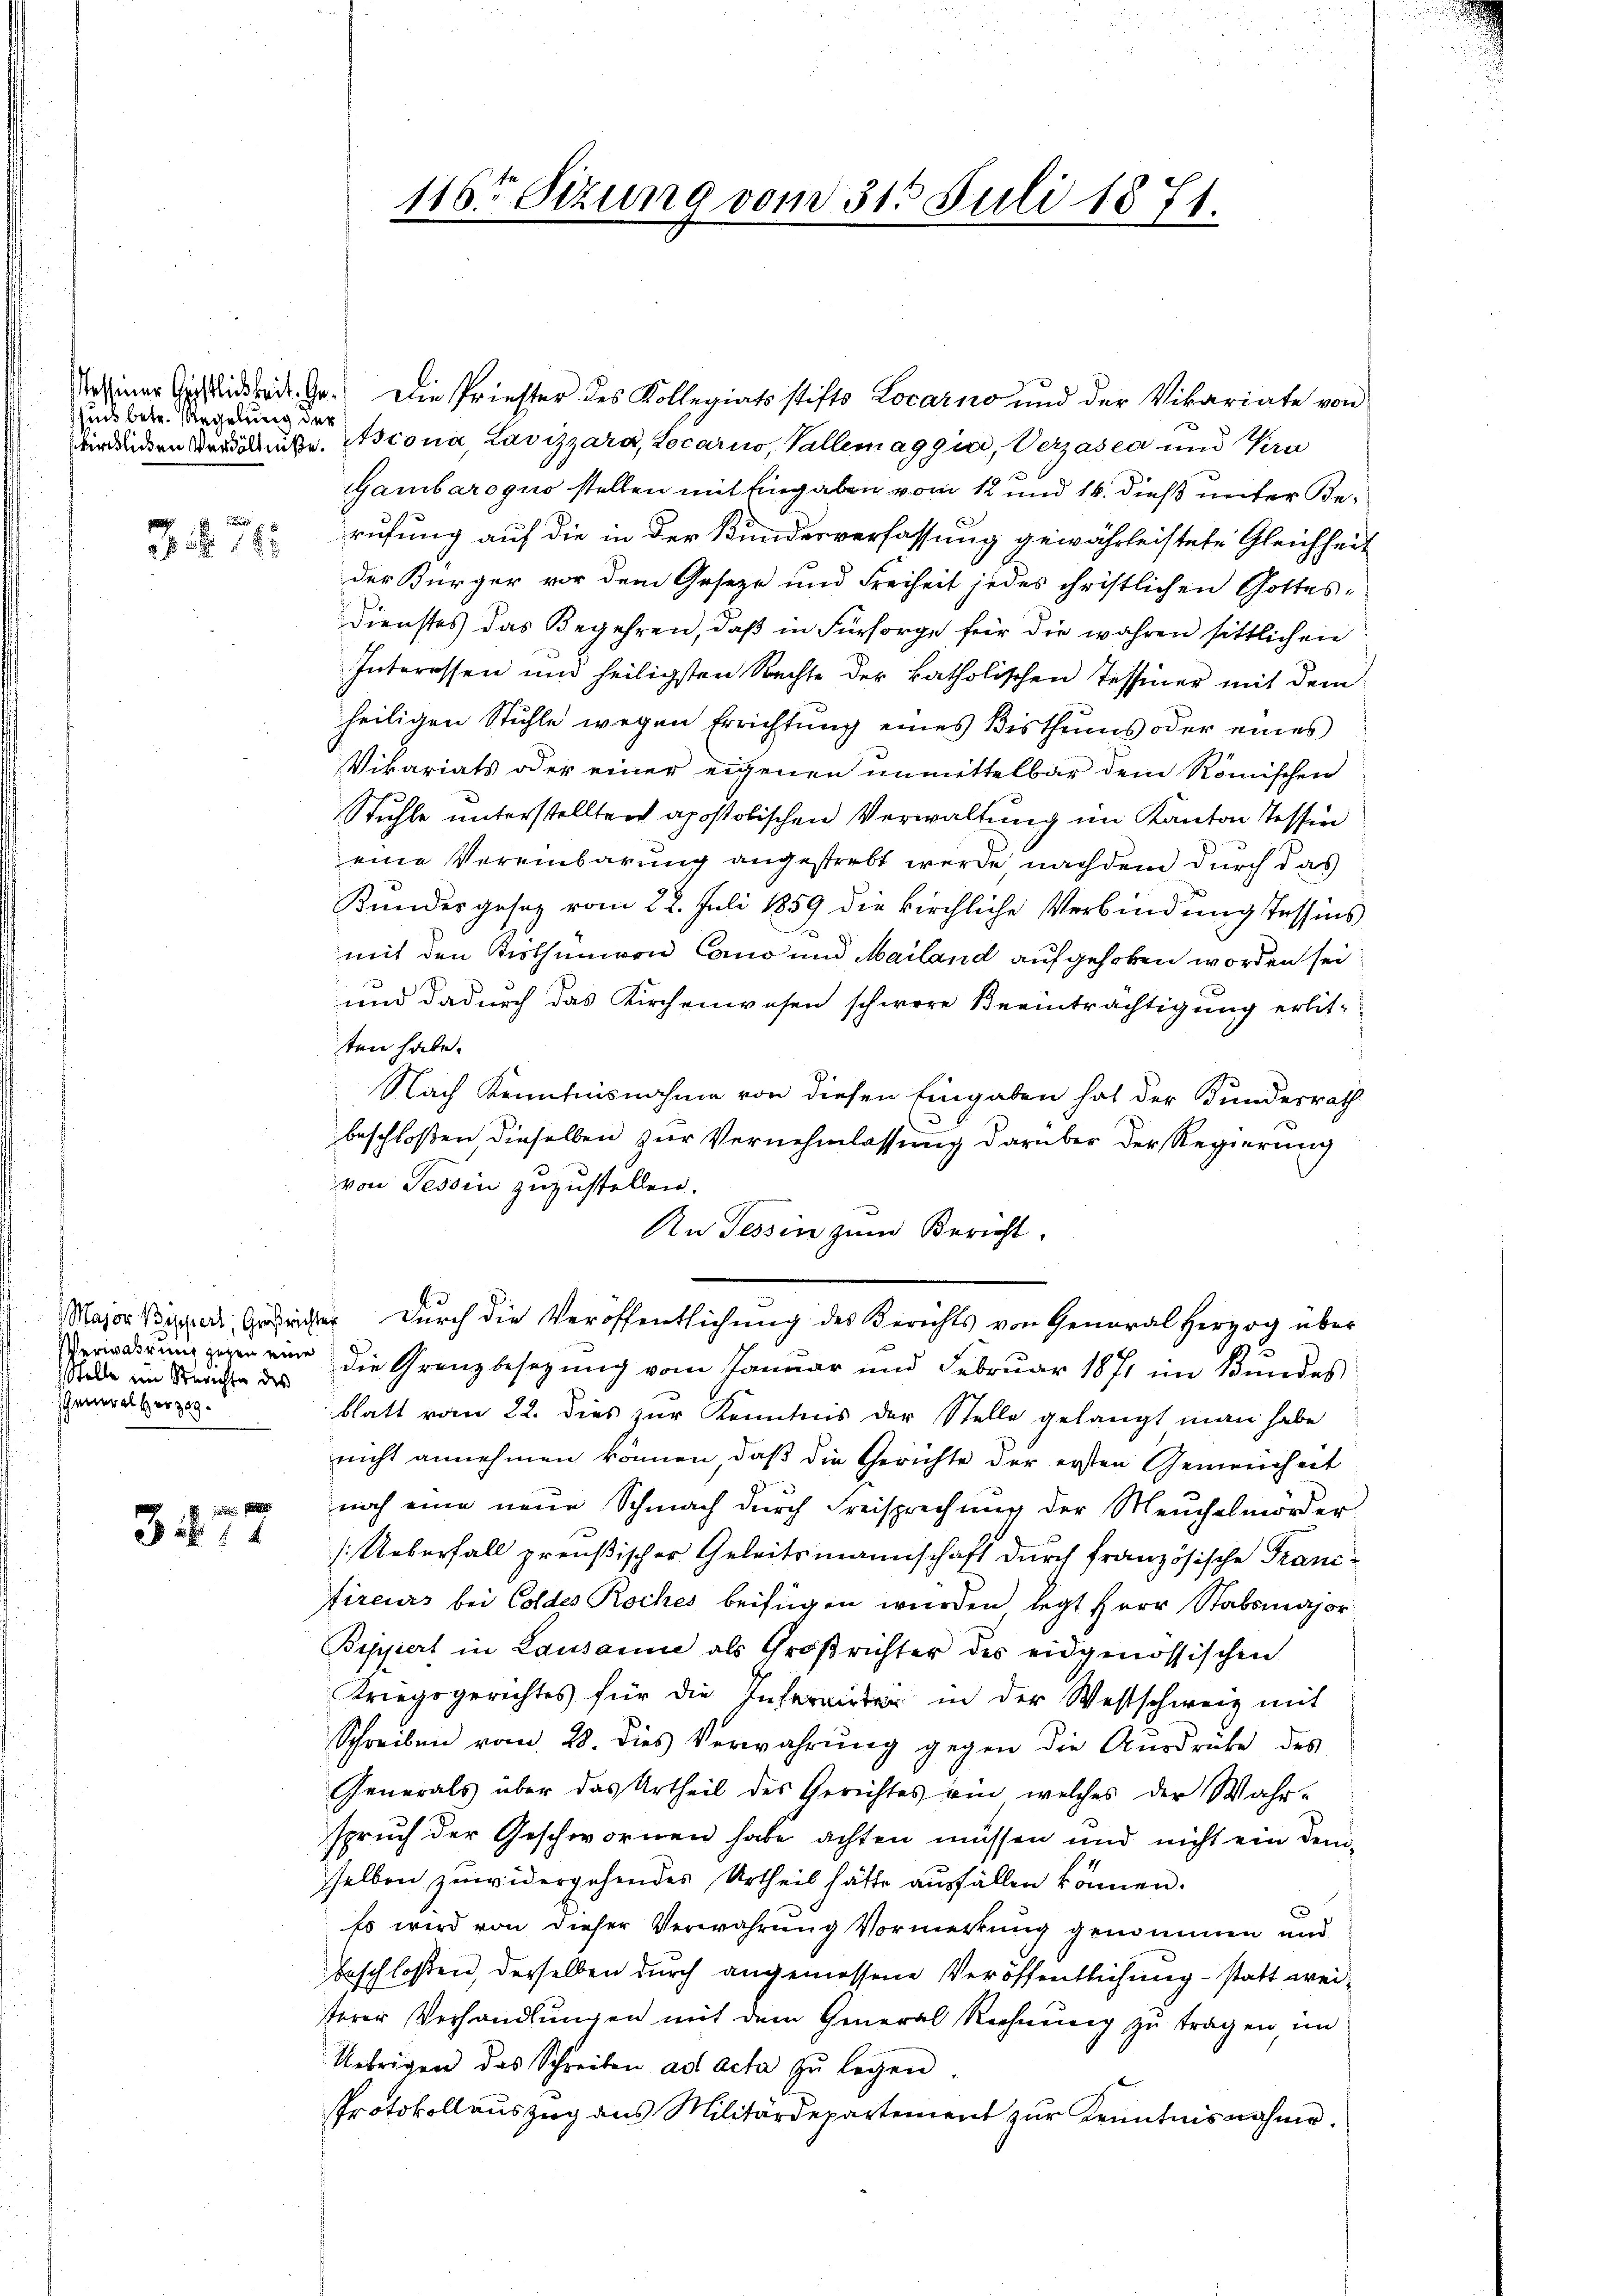
sund betr. Regelung der

3 § 14

Stelle im Steachte des
General Her 389.

sien den
341

osiner Gottlichkeit. G. Die Priester des Kollegiatsstifts Locarno und der Vikariate von
idenden Bedeute. Aiona, Lavizzara, Locarno, Vallemaggia, Verzasca und Pan
Gambaroquo stellen mit Eingaben vom 12 und 14. dieß unter Be¬
E
rufung auf die in der Kundesverfassung gewährleistete Gleichheit
der Bürger vor dem Geseze und Freiheit jedes christlichen Gottes-
Dienstes das Begehren, daß in Fürsorge für die wahren sittlichen
Interessen und heiligsten Rechte der katholischen Tessiner mit dem
heiligen Stühle wegen Errichtŭng eines Bisthums oder eines
Vikariats oder einer eigenen unmittelbar dem Römischen
Stuhle unterstellten apostolischen Verwaltung im Kanton Tessin
eine Vereinbarung angestrebt werde, nachdem durch das
Kundesgesetz vom 22. Juli 1859 die kirchliche Verbindung Tessins
mit den Kisthümern Cano und Mailand aufgehoben worden sei
und dadurch das Kirchenwesen schwere Beeinträchtigung erlitten habe.
Nach Kenntnisnahme von diesen Eingaben hat der Bundesrath
beschloßen dieselben zur Vernehmlassung darüber der Regierung
von Tessin zuzustellen.
An Tessin zum Bericht.
Major Piper, Gerichter durch die Veröffentlichung des Berichts von General Herzog über
Verirdigung gegen eine die Grenzbesezung vom Januar und Februar 1871 im Bundes
blatt vom 22. dies zur Kenntnis der Stelle gelangt man habe
nicht annehmen können, daß die Gerichte der ersten Gemeinheit
noch eine neŭe Schmach dŭrch Freisprechŭng der Meuchelmorder
/. Ueberfall preußischer Geleitsmannschaft durch französische Franc-
fireurs bei Coldes Roches beifügen wurden legt Herr Stabsmajor
Bippert in Lausanne als Großrichter des eidgenössischen
Kriegsgerichtes für die Infereiten in der Westschweiz mit
Schreiben vom 28. dies Verwahrŭng gegen die Aŭsdrüke des
Generals über das Urtheil des Gerichtes ein welches der Wahr-
spruch der Geschwornen habe achten müssen und nicht ein demselben zuwidergehendes Urtheil hätte ausfällen können.
Es wird von dieser Verwahrung Vormerkung genommen und
beschlossen, derselben durch angemessene Veröffentlichung – statt weiterer Verhandlungen mit dem General Rechnung zu tragen, im
Uebrigen das Schreiben ad acta zu legen.
Protokollauszug aus Militärdepartement zur Kenntnisnahme.

116ten Sizung vom 31. Juli 1871.